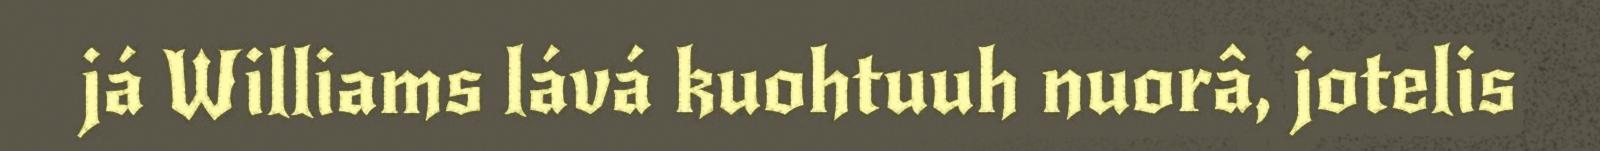
já Williams lává kuohtuuh nuorâ, jotelis